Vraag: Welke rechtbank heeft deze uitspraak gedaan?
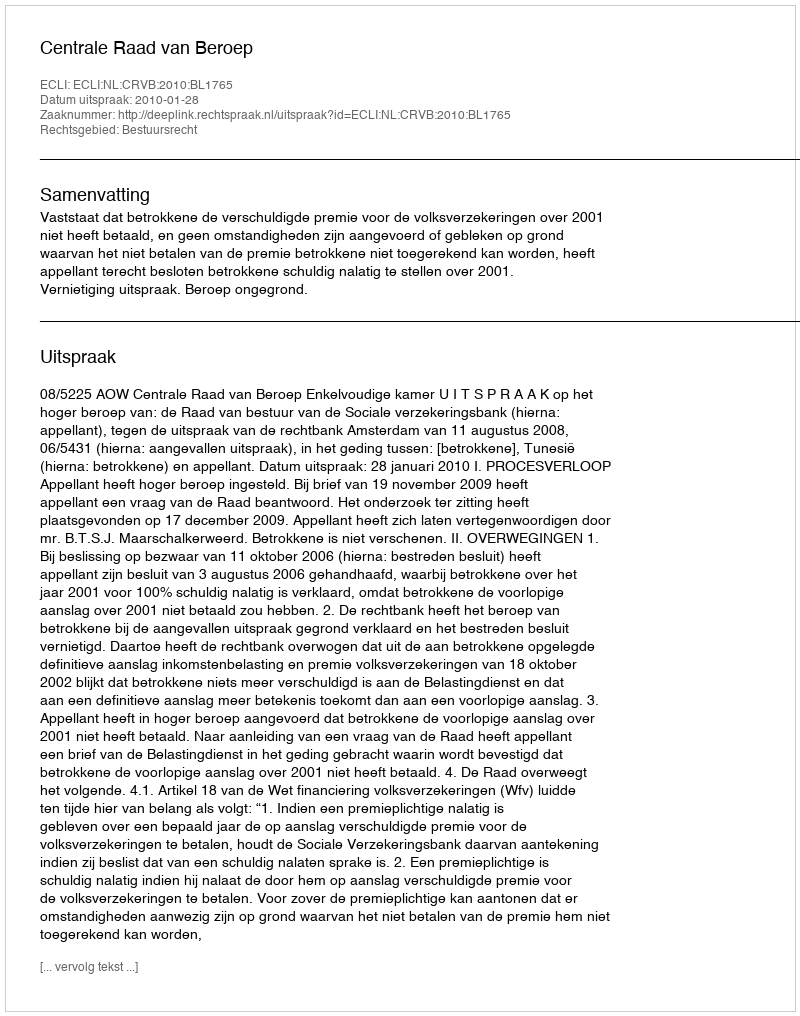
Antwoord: Centrale Raad van Beroep